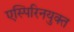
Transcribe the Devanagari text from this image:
एस्पिरिनयुक्त